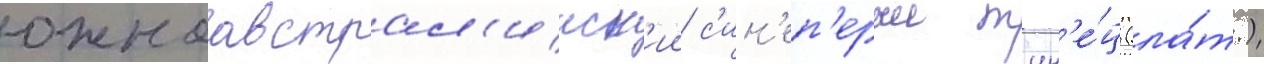
южноавстрал'ииск'ии с'ин'еп'ерыи тун'е́ц (ла́т.)